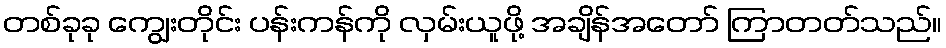
တစ်ခုခု ကျွေးတိုင်း ပန်းကန်ကို လှမ်းယူဖို့ အချိန်အတော် ကြာတတ်သည်။